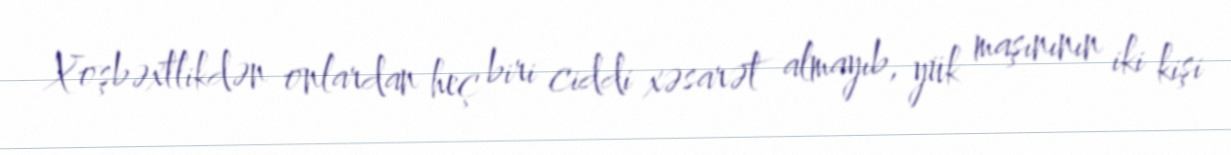
Xoşbəxtlikdən onlardan heç biri ciddi xəsarət almayıb, yük maşınının iki kişi